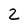
Character: 2